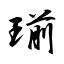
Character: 瑐